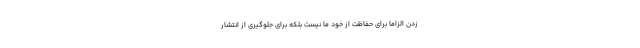
زدن الزاماً برای حفاظت از خود ما نیست بلکه برای جلوگیری از انتشار